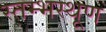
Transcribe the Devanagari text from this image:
स्तम्भस्थूण